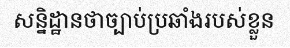
សន្និដ្ឋានថាច្បាប់ប្រឆាំងរបស់ខ្លួន